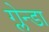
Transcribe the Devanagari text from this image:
ग्लेन्डा